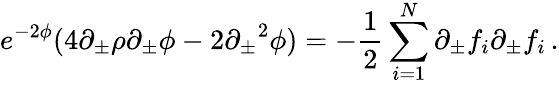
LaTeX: e^{-2\phi}(4\partial_{\pm}\rho\partial_{\pm}\phi-2{\partial_{\pm}}^{2}\phi)=-{\frac{1}{2}}\sum_{i=1}^{N}\partial_{\pm}f_{i}\partial_{\pm}f_{i}\, .